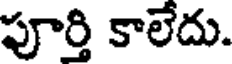
పూర్తి కాలేదు.